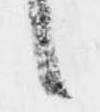
候